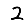
Digit: 2